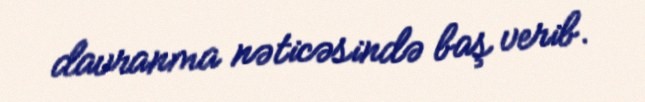
davranma nəticəsində baş verib.